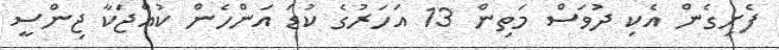
ފެށިގެން އެކި ދުވަސް މަތިން 13 އަހަރުގެ ކުޑަ އަންހެން ކުއްޖަކާ ޖިންސީ